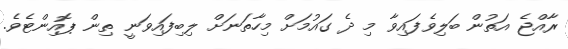
ރާއްޖެ އަތުން ބަލިވެފައިވާ މި ދެ ގައުމަށް މިހާތަނަށް ލިބިފައިވަނީ ތިން ޕޮއިންޓެވެ.